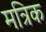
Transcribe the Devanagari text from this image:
मत्रिक